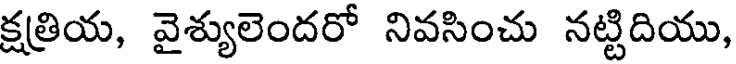
క్షతియ, వైశ్యులెందరో నివసించు నట్టిదియు,